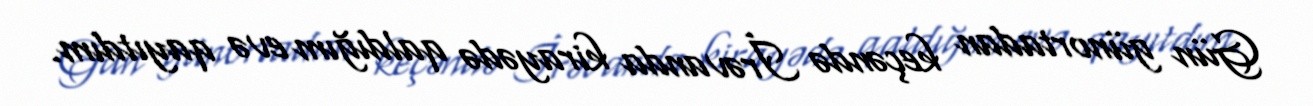
Gün günortadan keçəndə İrəvanda kirayədə qaldığım evə qayıtdım.